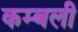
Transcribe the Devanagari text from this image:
कम्बली